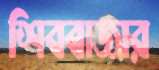
শিববাজার